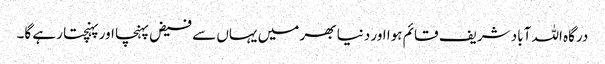
درگاہ اللہ آباد شریف قائم ہوا اور دنیا بھر میں یہاں سے فیض پہنچا اور پہنچتا رہے گا۔